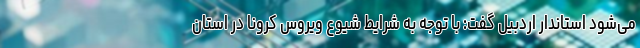
می‌شود استاندار اردبیل گفت: با توجه به شرایط شیوع ویروس کرونا در استان